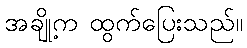
အချို့က ထွက်ပြေးသည်။